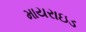
માયરાઇડ